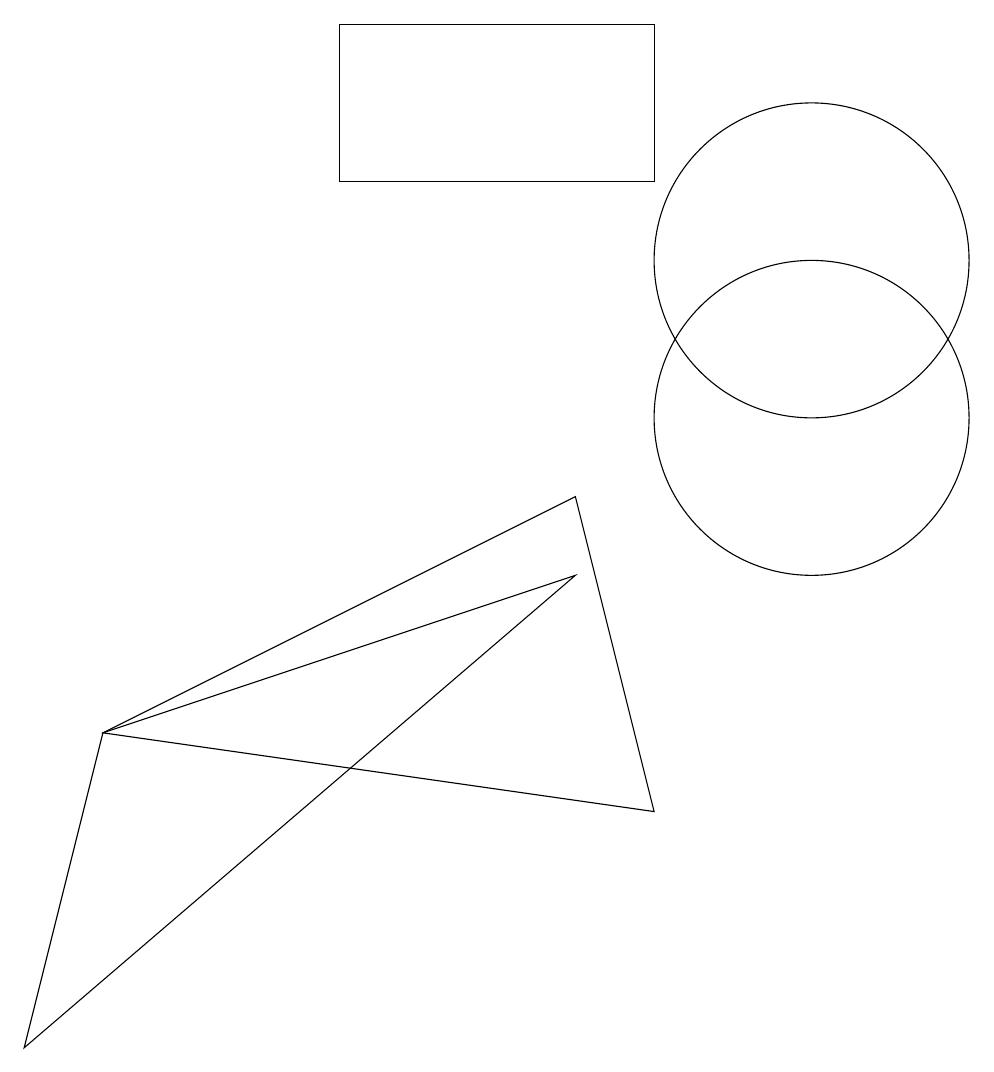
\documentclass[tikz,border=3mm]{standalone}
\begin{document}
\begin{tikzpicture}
\draw (8,9) -- (9,5) -- (2,6) -- cycle;
\draw (8,8) -- (2,6) -- (1,2) -- cycle;
\draw (5,15) rectangle (9,13);
\draw (11,10) circle (2);
\draw (11,12) circle (2);
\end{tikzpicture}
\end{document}